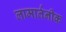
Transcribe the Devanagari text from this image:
लामार्तनीक